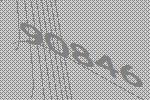
90846